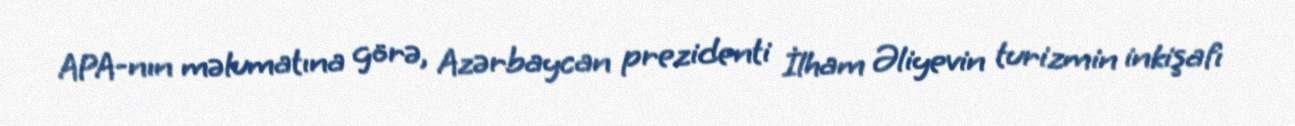
APA-nın məlumatına görə, Azərbaycan prezidenti İlham Əliyevin turizmin inkişafı